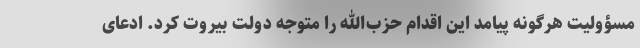
مسؤولیت هرگونه پیامد این اقدام حزب‌الله را متوجه دولت بیروت کرد. ادعای